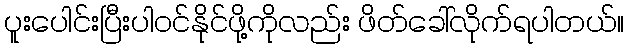
ပူးပေါင်းပြီးပါဝင်နိုင်ဖို့ကိုလည်း ဖိတ်ခေါ်လိုက်ရပါတယ်။